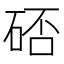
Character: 𱴁